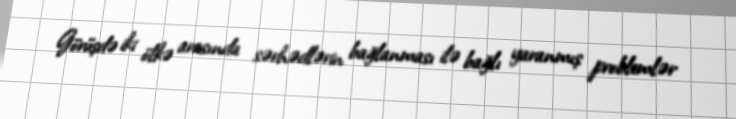
Görüşdə iki ölkə arasında sərhədlərin bağlanması ilə bağlı yaranmış problemlər